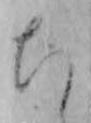
ち